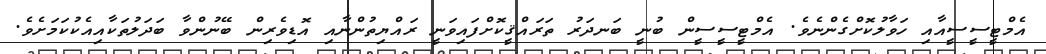
އެމްޓީސީސީއާއި ހަވާލުކޮށްގެންނެވެ. އެމްޓީސީސީން ބުނީ ބަނދަރު ތަރައްޤީކޮށްފައިވަނީ ރައްޔިތުންނާއި އޮޑިވެރިން ބޭނުންވާ ބަދަލުތަކާއިއެކުކަމަށެވެ.